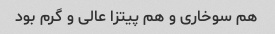
هم سوخاری و هم پیتزا عالی و گرم بود